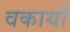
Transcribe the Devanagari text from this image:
वकार्यों